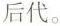
后代。